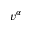
v ^ { \alpha }